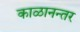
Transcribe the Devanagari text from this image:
काळानन्तर